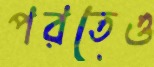
পরতেও